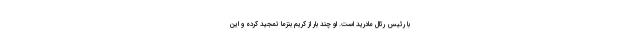
با رئیس رئال‌ مادرید است. او چند بار از کریم بنزما تمجید کرده و این‌